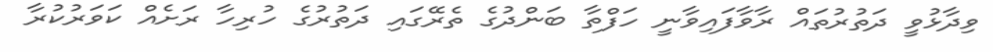
ވިދާޅުވީ ދަތުރުތައް ރާވާފައިވާނީ ހަފްތާ ބަންދުގެ ތެރޭގައި ދަތުރުގެ ހުރިހާ ރަށެއް ކަވަރުކުރާ